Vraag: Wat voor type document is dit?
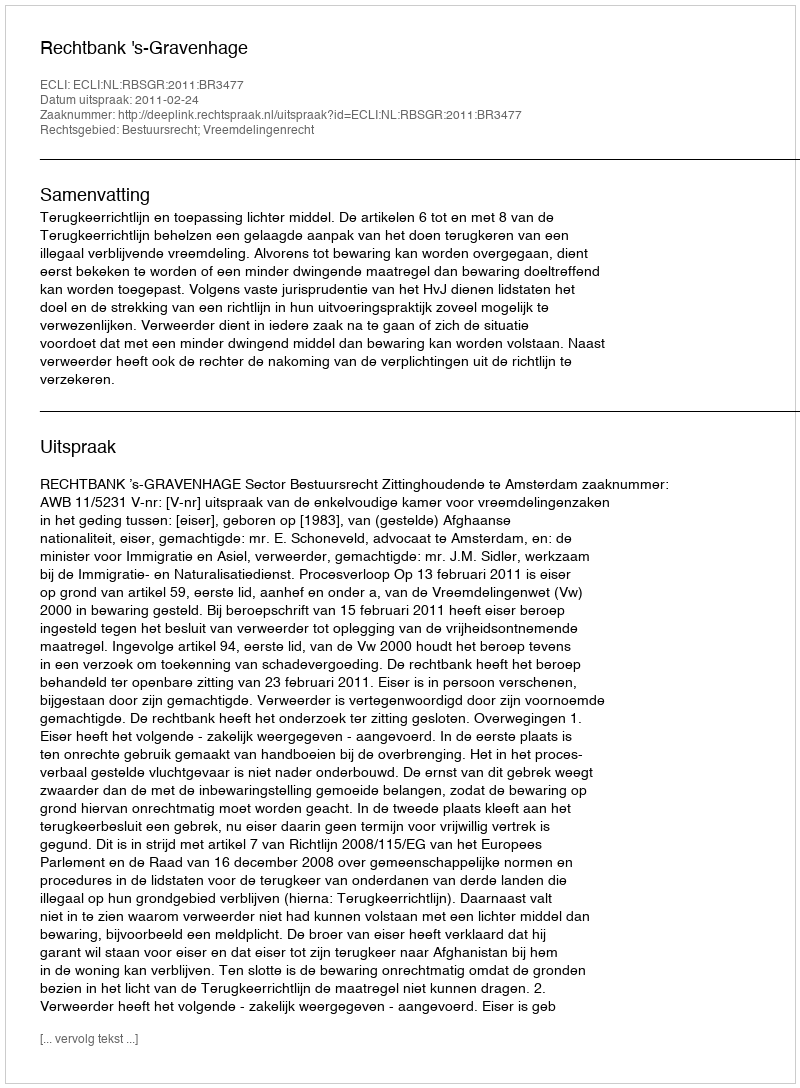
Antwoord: Uitspraak